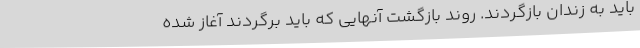
باید به زندان بازگردند. روند بازگشت آنهایی که باید برگردند آغاز شده